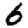
Digit: 6